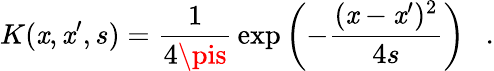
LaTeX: K(\mathit{x},\mathit{x}^{\prime},s)={\frac{{1}}{{4\pis}}}\exp\left(-{\frac{{(\mathit{x}-\mathit{x}^{\prime})^{2}}}{{4s}}}\right)~~~.